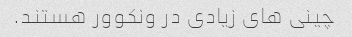
چینی های زیادی در ونکوور هستند.